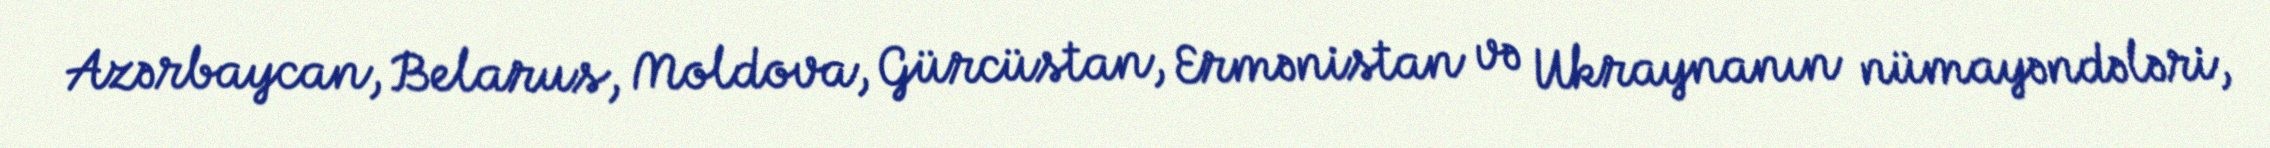
Azərbaycan, Belarus, Moldova, Gürcüstan, Ermənistan və Ukraynanın nümayəndələri,